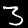
Digit: 3